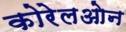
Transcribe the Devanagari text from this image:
कोरेलओन